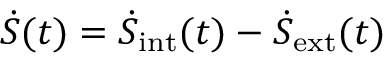
\dot { S } ( t ) = \dot { S } _ { \mathrm { i n t } } ( t ) - \dot { S } _ { \mathrm { e x t } } ( t )